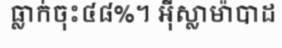
ធ្លាក់ចុះ៤៨%។ អ៊ីស្លាម៉ាបាដ